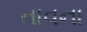
તાવના